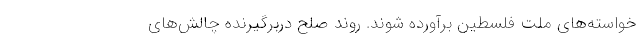
خواسته‌های ملت فلسطین برآورده شوند. روند صلح دربرگیرنده چالش‌های